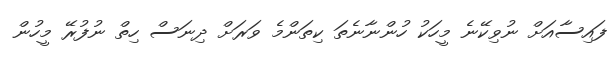
ފައިސާއަށް ނުވިކޭނެ މީހަކު ހުންނާނެތަ ކިތަންމެ ވަރަށް ދިނަސް ހިތް ނުފުރޭ މީހުން